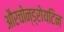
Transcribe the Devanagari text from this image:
औरचोन्ड्रोयटिन